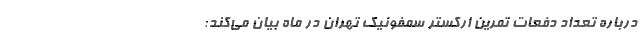
درباره تعداد دفعات تمرین ارکستر سمفونیک تهران در ماه بیان می‌کند: